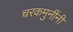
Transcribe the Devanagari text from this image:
चरकमुनींनी